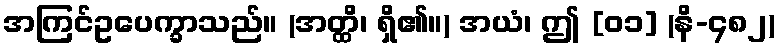
အကြင်ဥပေက္ခာသည်။ (အတ္ထိ၊ ရှိ၏။) အယံ၊ ဤ [၀၁] (နိ-၄၈၂)